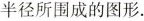
半径所围成的图形。